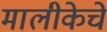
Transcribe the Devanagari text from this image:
मालीकेचे